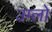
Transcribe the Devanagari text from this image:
उग्लो